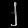
Digit: ၂